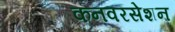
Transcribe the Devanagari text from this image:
कनवरसेशन